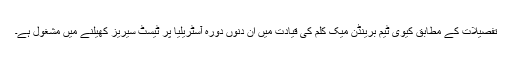
تفصیلات کے مطابق کیوی ٹیم برینڈن میک کلم کی قیادت میں ان دنوں دورہ آسٹریلیا پر ٹیسٹ سیریز کھیلنے میں مشغول ہے۔